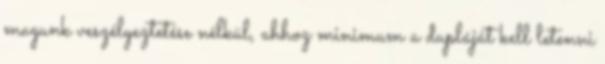
magunk veszélyeztetése nélkül, ahhoz minimum a dupláját kell letenni